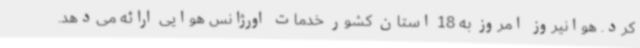
کرد. هوانیروز امروز به 18 استان کشور خدمات اورژانس هوایی ارائه می‌دهد.